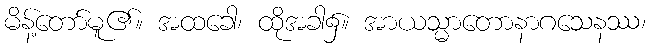
မိန့်တော်မူ၏။ အထခေါ၊ ထိုအခါ၌။ အာယသ္မာတောနာဂသေနဿ၊